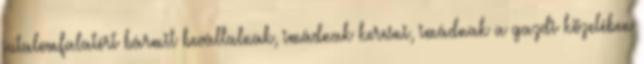
jutalomfalatért bármit bevállalnak, imádnak keresni, imádnak a gazdi közelében